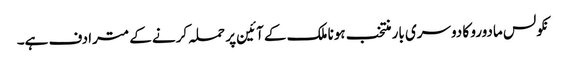
نکولس مادورو کا دوسری بار منتخب ہونا ملک کے آئین پر حملہ کرنے کے مترادف ہے۔